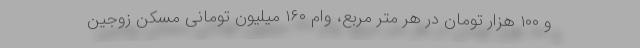
و ۱۰۰ هزار تومان در هر متر مربع، وام ۱۶۰ میلیون تومانی مسکن زوجین